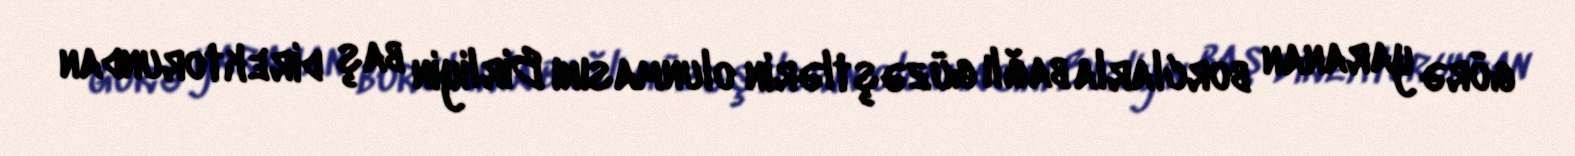
görə yaranan borclarla bağlı güzəştlərin olunmasını Birliyin baş direktorundan